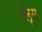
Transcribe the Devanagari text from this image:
जैलूस